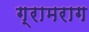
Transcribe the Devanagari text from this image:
ग्रामराग